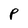
Character: p